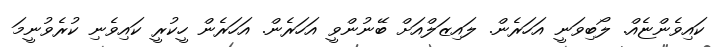
ކައިވެންޏެއް. ލޯބިވަނީ އަހަރެން. ލައިޒަލްއަށް ބޭނުންވީ އަހަރެން. އަހަރެން ހީކުރީ ކައިވެނި ކުރެވުނީމަ